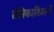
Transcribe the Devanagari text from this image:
तंत्रिकाविकारों